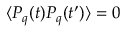
\langle P _ { q } ( t ) P _ { q } ( t ^ { \prime } ) \rangle = 0